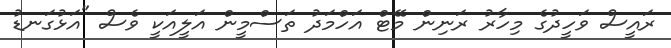
ރައީސް ވަހީދުގެ މިހާރު ރަނިން މޭޓް އަހްމަދު ތަސްމީން އަލީއަކީ ވެސް "އަޅުގަނޑު